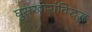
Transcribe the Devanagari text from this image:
घुसखोरांविरुद्ध